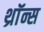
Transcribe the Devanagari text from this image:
थ्राॅन्स